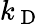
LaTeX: k_{\mathrm{~D~}}